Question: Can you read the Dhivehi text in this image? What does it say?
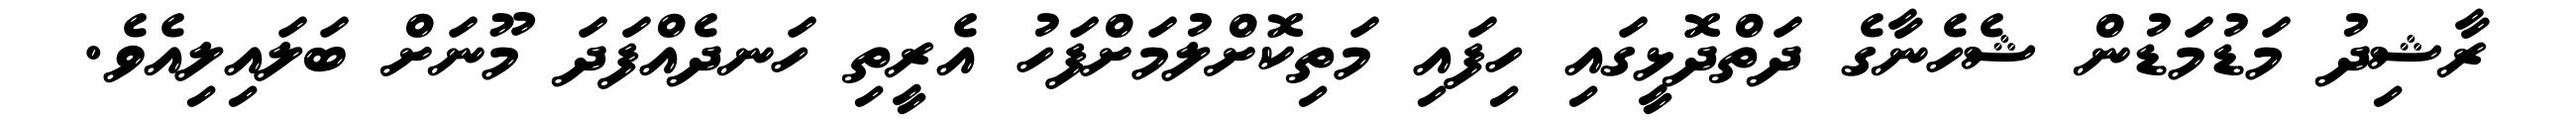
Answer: ރާޝިދު މަޑުމަޑުން ޝެހެނާގެ ދަތްދޮޅީގައި ހިފައި މަތިކޮށްލުމަށްފަހު އެރީތި ހަނދެއްފަދަ މޫނަށް ބަލައިލިއެވެ.